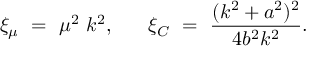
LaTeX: \xi _ { \mu } ~ = ~ \mu ^ { 2 } ~ k ^ { 2 } , ~ ~ ~ ~ ~ \xi _ { C } ~ = ~ \frac { ( k ^ { 2 } + a ^ { 2 } ) ^ { 2 } } { 4 b ^ { 2 } k ^ { 2 } } .